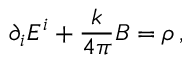
\partial _ { i } E ^ { i } + \frac { k } { 4 \pi } B = \rho \, ,